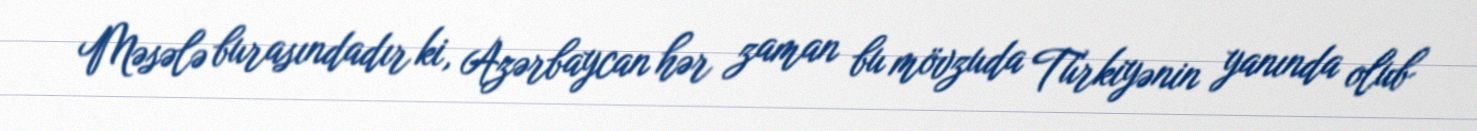
Məsələ burasındadır ki, Azərbaycan hər zaman bu mövzuda Türkiyənin yanında olub